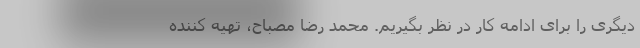
دیگری را برای ادامه کار در نظر بگیریم. محمد رضا مصباح، تهیه کننده